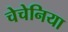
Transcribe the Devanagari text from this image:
चेचेनिया